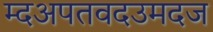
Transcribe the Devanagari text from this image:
म्दअपतवदउमदज